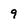
Character: 9